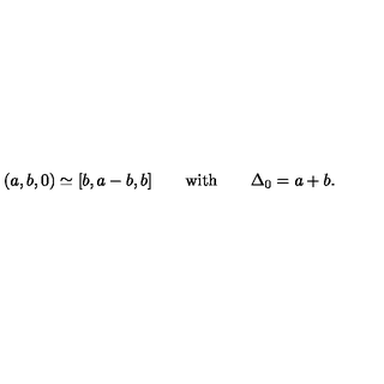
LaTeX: ( a , b , 0 ) \simeq [ b , a - b , b ] \qquad \mathrm { w i t h } \qquad \Delta _ { 0 } = a + b .